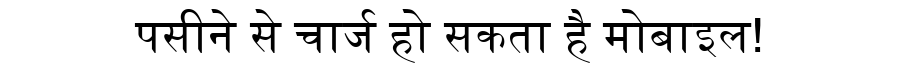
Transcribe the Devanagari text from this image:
पसीने से चार्ज हो सकता है मोबाइल!